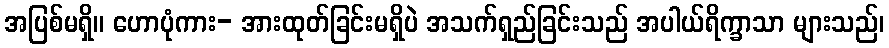
အပြစ်မရှိ။ ဟောပုံကား- အားထုတ်ခြင်းမရှိပဲ အသက်ရှည်ခြင်းသည် အပါယ်ရိက္ခာသာ များသည်၊